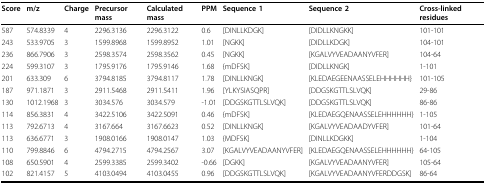
<table><thead><tr><td><b>Score</b></td><td><b>m/z</b></td><td><b>Charge</b></td><td><b>Precursor mass</b></td><td><b>Calculated mass</b></td><td><b>PPM</b></td><td><b>Sequence 1</b></td><td><b>Sequence 2</b></td><td><b>Cross-linked residues</b></td></tr></thead><tbody><tr><td>587</td><td>574.8339</td><td>4</td><td>2296.3136</td><td>2296.3122</td><td>0.6</td><td>[DINLLKDGK]</td><td>[DIDLLKNGKK]</td><td>101-101</td></tr><tr><td>243</td><td>533.9705</td><td>3</td><td>1599.8968</td><td>1599.8952</td><td>1.01</td><td>[NGKK]</td><td>[DIDLLKDGK]</td><td>104-101</td></tr><tr><td>236</td><td>866.7906</td><td>3</td><td>2598.3574</td><td>2598.3562</td><td>0.45</td><td>[NGKK]</td><td>[KGALVYVEADAANYVFER]</td><td>104-64</td></tr><tr><td>224</td><td>599.3107</td><td>3</td><td>1795.9176</td><td>1795.9146</td><td>1.68</td><td>{mDFSK]</td><td>[DIDLLKNGK]</td><td>1-101</td></tr><tr><td>201</td><td>633.309</td><td>6</td><td>3794.8185</td><td>3794.8117</td><td>1.78</td><td>[DINLLKNGK]</td><td>[KLEDAEGEENAASSELEHHHHHH}</td><td>101-105</td></tr><tr><td>187</td><td>971.1871</td><td>3</td><td>2911.5468</td><td>2911.5411</td><td>1.96</td><td>[YLKYSIASQPR]</td><td>[DDGSKGTTLSLVQK]</td><td>29-86</td></tr><tr><td>130</td><td>1012.1968</td><td>3</td><td>3034.576</td><td>3034.579</td><td>-1.01</td><td>[DDGSKGTTLSLVQK]</td><td>[DDGSKGTTLSLVQK]</td><td>86-86</td></tr><tr><td>114</td><td>856.3831</td><td>4</td><td>3422.5106</td><td>3422.5091</td><td>0.46</td><td>{mDFSK]</td><td>[KLEDAEGQENAASSELEHHHHHH}</td><td>1-105</td></tr><tr><td>113</td><td>792.6713</td><td>4</td><td>3167.664</td><td>3167.6623</td><td>0.52</td><td>[DINLLKNGK]</td><td>[KGALVYVEADAADYVFER]</td><td>101-64</td></tr><tr><td>113</td><td>636.6771</td><td>3</td><td>1908.0166</td><td>1908.0147</td><td>1.03</td><td>{MDFSK]</td><td>[DINLLKDGKK]</td><td>1-104</td></tr><tr><td>110</td><td>799.8846</td><td>6</td><td>4794.2715</td><td>4794.2567</td><td>3.07</td><td>[KGALVYVEADAANYVFER]</td><td>[KLEDAEGQENAASSELEHHHHHH}</td><td>64-105</td></tr><tr><td>108</td><td>650.5901</td><td>4</td><td>2599.3385</td><td>2599.3402</td><td>-0.66</td><td>[DGKK]</td><td>[KGALVYVEADAANYVFER]</td><td>105-64</td></tr><tr><td>102</td><td>821.4157</td><td>5</td><td>4103.0494</td><td>4103.0455</td><td>0.96</td><td>[DDGSKGTTLSLVQK]</td><td>[KGALVYVEADAANYVFERDDGSK]</td><td>86-64</td></tr></tbody></table>